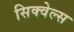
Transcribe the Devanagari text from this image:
सिक्वेल्स